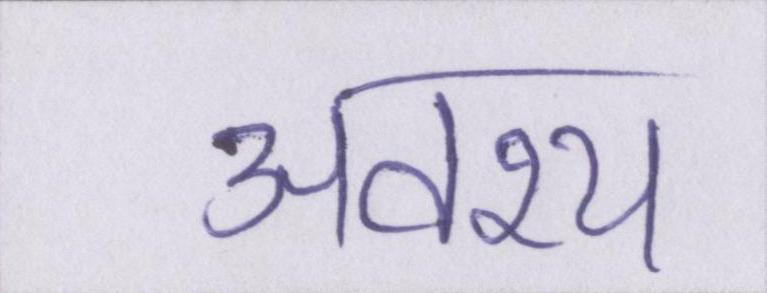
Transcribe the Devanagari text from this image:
अवश्य